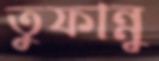
তুফান্নু